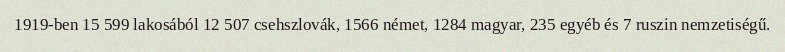
1919-ben 15 599 lakosából 12 507 csehszlovák, 1566 német, 1284 magyar, 235 egyéb és 7 ruszin nemzetiségű.